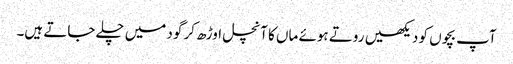
آپ بچوں کو دیکھیں روتے ہوئے ماں کا آنچل اوڑھ کر گود میں چلے جاتے ہیں۔